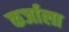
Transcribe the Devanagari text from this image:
कर्जाला